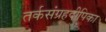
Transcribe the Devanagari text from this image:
तर्कसंग्रहदीपिका